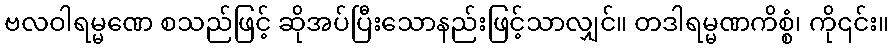
ဗလဝါရမ္မဏေ စသည်ဖြင့် ဆိုအပ်ပြီးသောနည်းဖြင့်သာလျှင်။ တဒါရမ္မဏကိစ္စံ၊ ကို၎င်း။